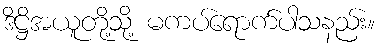
ဒိဋ္ဌိအယူတို့သို့ မကပ်ရောက်ပါသနည်း။